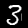
Label: 3